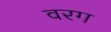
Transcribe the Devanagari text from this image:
वरग